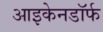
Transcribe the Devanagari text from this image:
आइकेनडॉर्फ